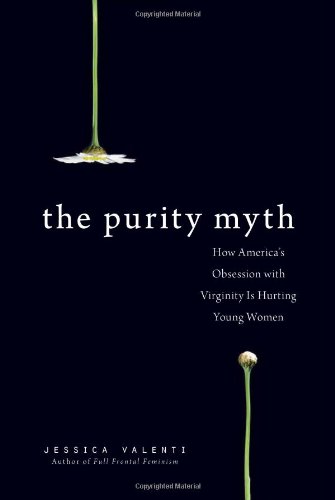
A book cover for The Purity Myth: How America's Obsession with Virginity Is Hurting Young Women; Jessica Valenti; Health, Fitness & Dieting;